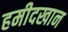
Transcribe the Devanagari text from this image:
हमीदखान